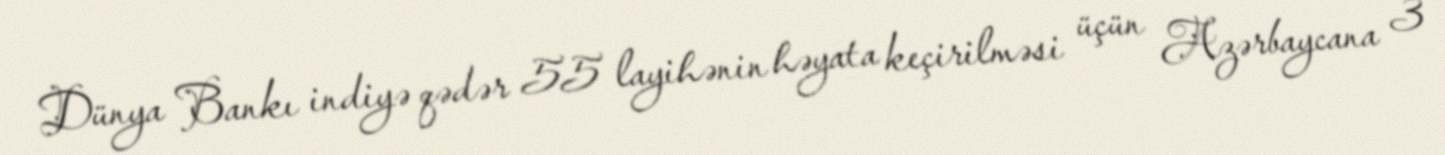
Dünya Bankı indiyə qədər 55 layihənin həyata keçirilməsi üçün Azərbaycana 3